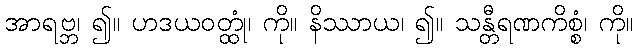
အာရဗ္ဘ၊ ၍။ ဟဒယဝတ္ထုံ၊ ကို။ နိဿာယ၊ ၍။ သန္တီရဏကိစ္စံ၊ ကို။